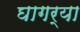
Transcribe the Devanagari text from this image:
घागर्या